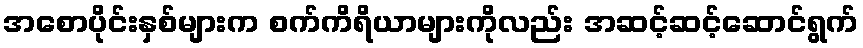
အစောပိုင်းနှစ်များက စက်ကိရိယာများကိုလည်း အဆင့်ဆင့်ဆောင်ရွက်